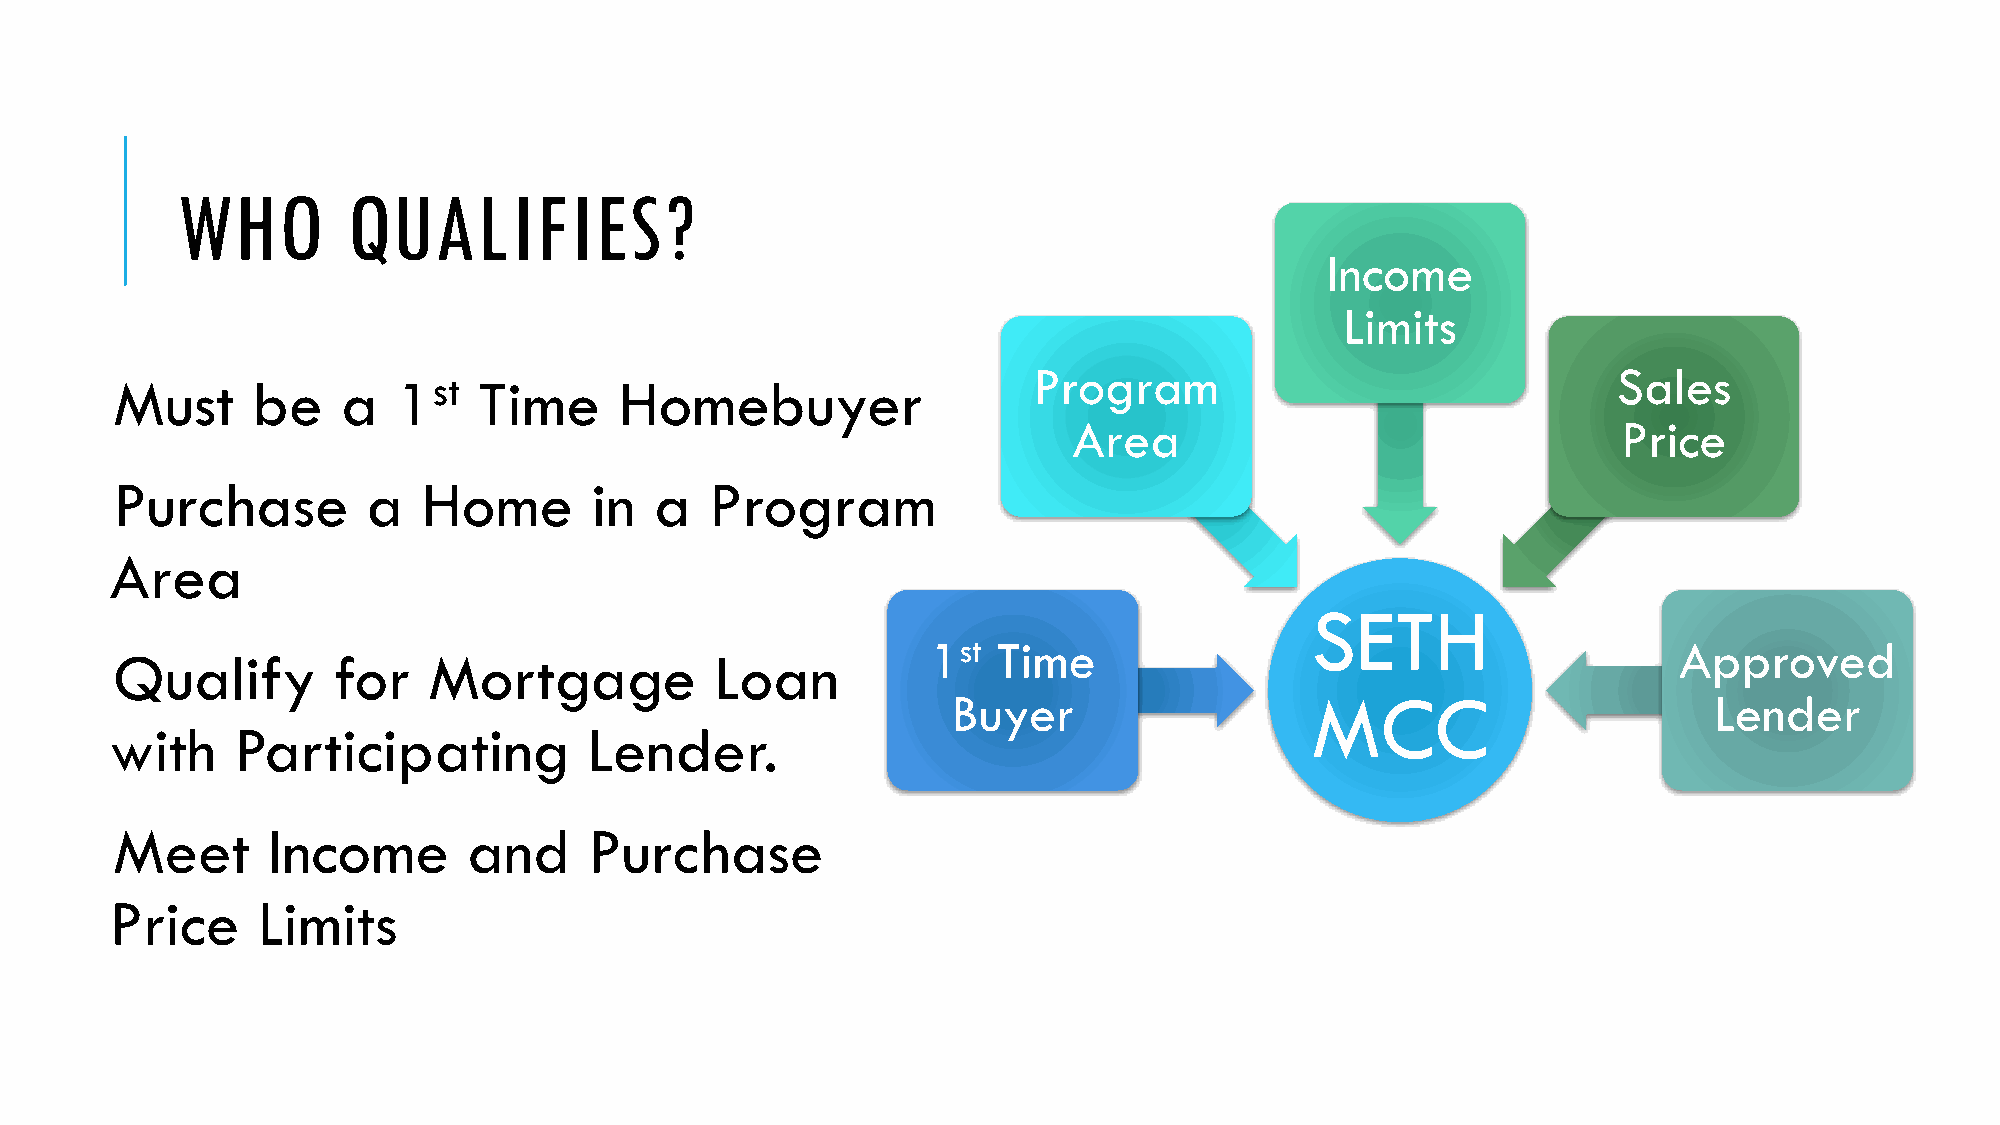
WHO        QUALIFIES?
 Income
 Limits
 Program                                Sales
 Must      be    a  1st   Time     Homebuyer
 Area                                Price
 Purchase         a   Home       in  a   Program
 Area
 SETH
 1st Time                                         Approved
 Qualify        for   Mortgage           Loan
 Buyer                   MCC                       Lender
 with     Participating          Lender.
 Meet       Income       and     Purchase
 Price     Limits